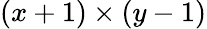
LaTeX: (x+1)\times(y-1)